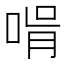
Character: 𠵭